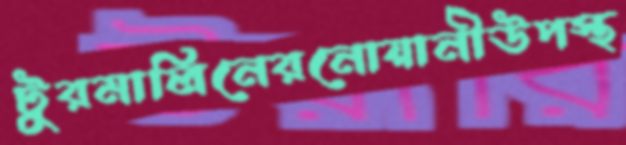
টুরমালিনেরনোয়ানীউপস্থ